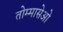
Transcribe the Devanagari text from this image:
तोम्मासेओ